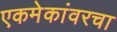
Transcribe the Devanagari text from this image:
एकमेकांवरचा